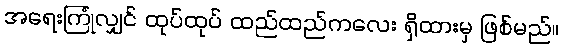
အရေးကြုံလျှင် ထုပ်ထုပ် ထည်ထည်ကလေး ရှိထားမှ ဖြစ်မည်။